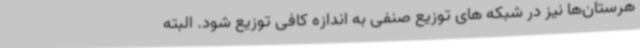
هرستان‌ها نیز در شبکه های توزیع صنفی به اندازه کافی توزیع شود. البته